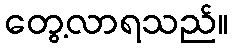
တွေ့လာရသည်။